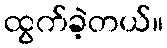
ထွက်ခဲ့တယ်။